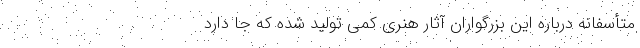
متأسفانه درباره این بزرگواران آثار هنری کمی تولید شده که جا دارد